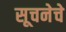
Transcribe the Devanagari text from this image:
सूचनेचे